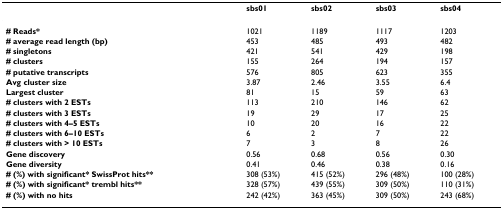
|  | sbs01 | sbs02 | sbs03 | sbs04 |
 | --- | --- | --- | --- | --- |
 | # Reads* | 1021 | 1189 | 1117 | 1203 |
 | # average read length (bp) | 453 | 485 | 493 | 482 |
 | # singletons | 421 | 541 | 429 | 198 |
 | # clusters | 155 | 264 | 194 | 157 |
 | # putative transcripts | 576 | 805 | 623 | 355 |
 | Avg cluster size | 3.87 | 2.46 | 3.55 | 6.4 |
 | Largest cluster | 81 | 15 | 59 | 63 |
 | # clusters with 2 ESTs | 113 | 210 | 146 | 62 |
 | # clusters with 3 ESTs | 19 | 29 | 17 | 25 |
 | # clusters with 4–5 ESTs | 10 | 20 | 16 | 22 |
 | # clusters with 6–10 ESTs | 6 | 2 | 7 | 22 |
 | # clusters with > 10 ESTs | 7 | 3 | 8 | 26 |
 | Gene discovery | 0.56 | 0.68 | 0.56 | 0.30 |
 | Gene diversity | 0.41 | 0.46 | 0.38 | 0.16 |
 | # (%) with significant* SwissProt hits** | 308 (53%) | 415 (52%) | 296 (48%) | 100 (28%) |
 | # (%) with significant* trembl hits** | 328 (57%) | 439 (55%) | 309 (50%) | 110 (31%) |
 | # (%) with no hits | 242 (42%) | 363 (45%) | 309 (50%) | 243 (68%) |